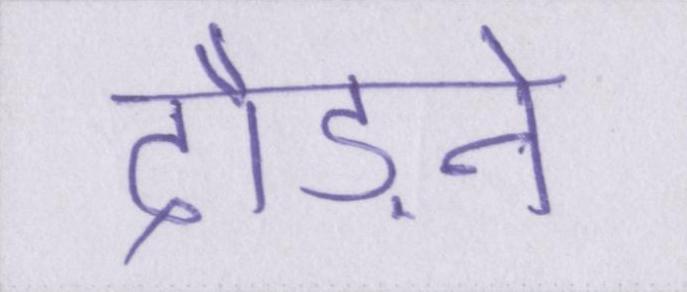
दौड़ने